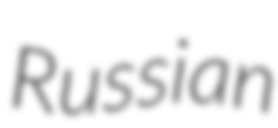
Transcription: Russian